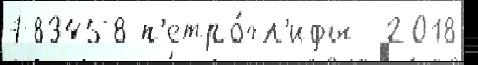
783458 п'етро́гл'ифы  2018